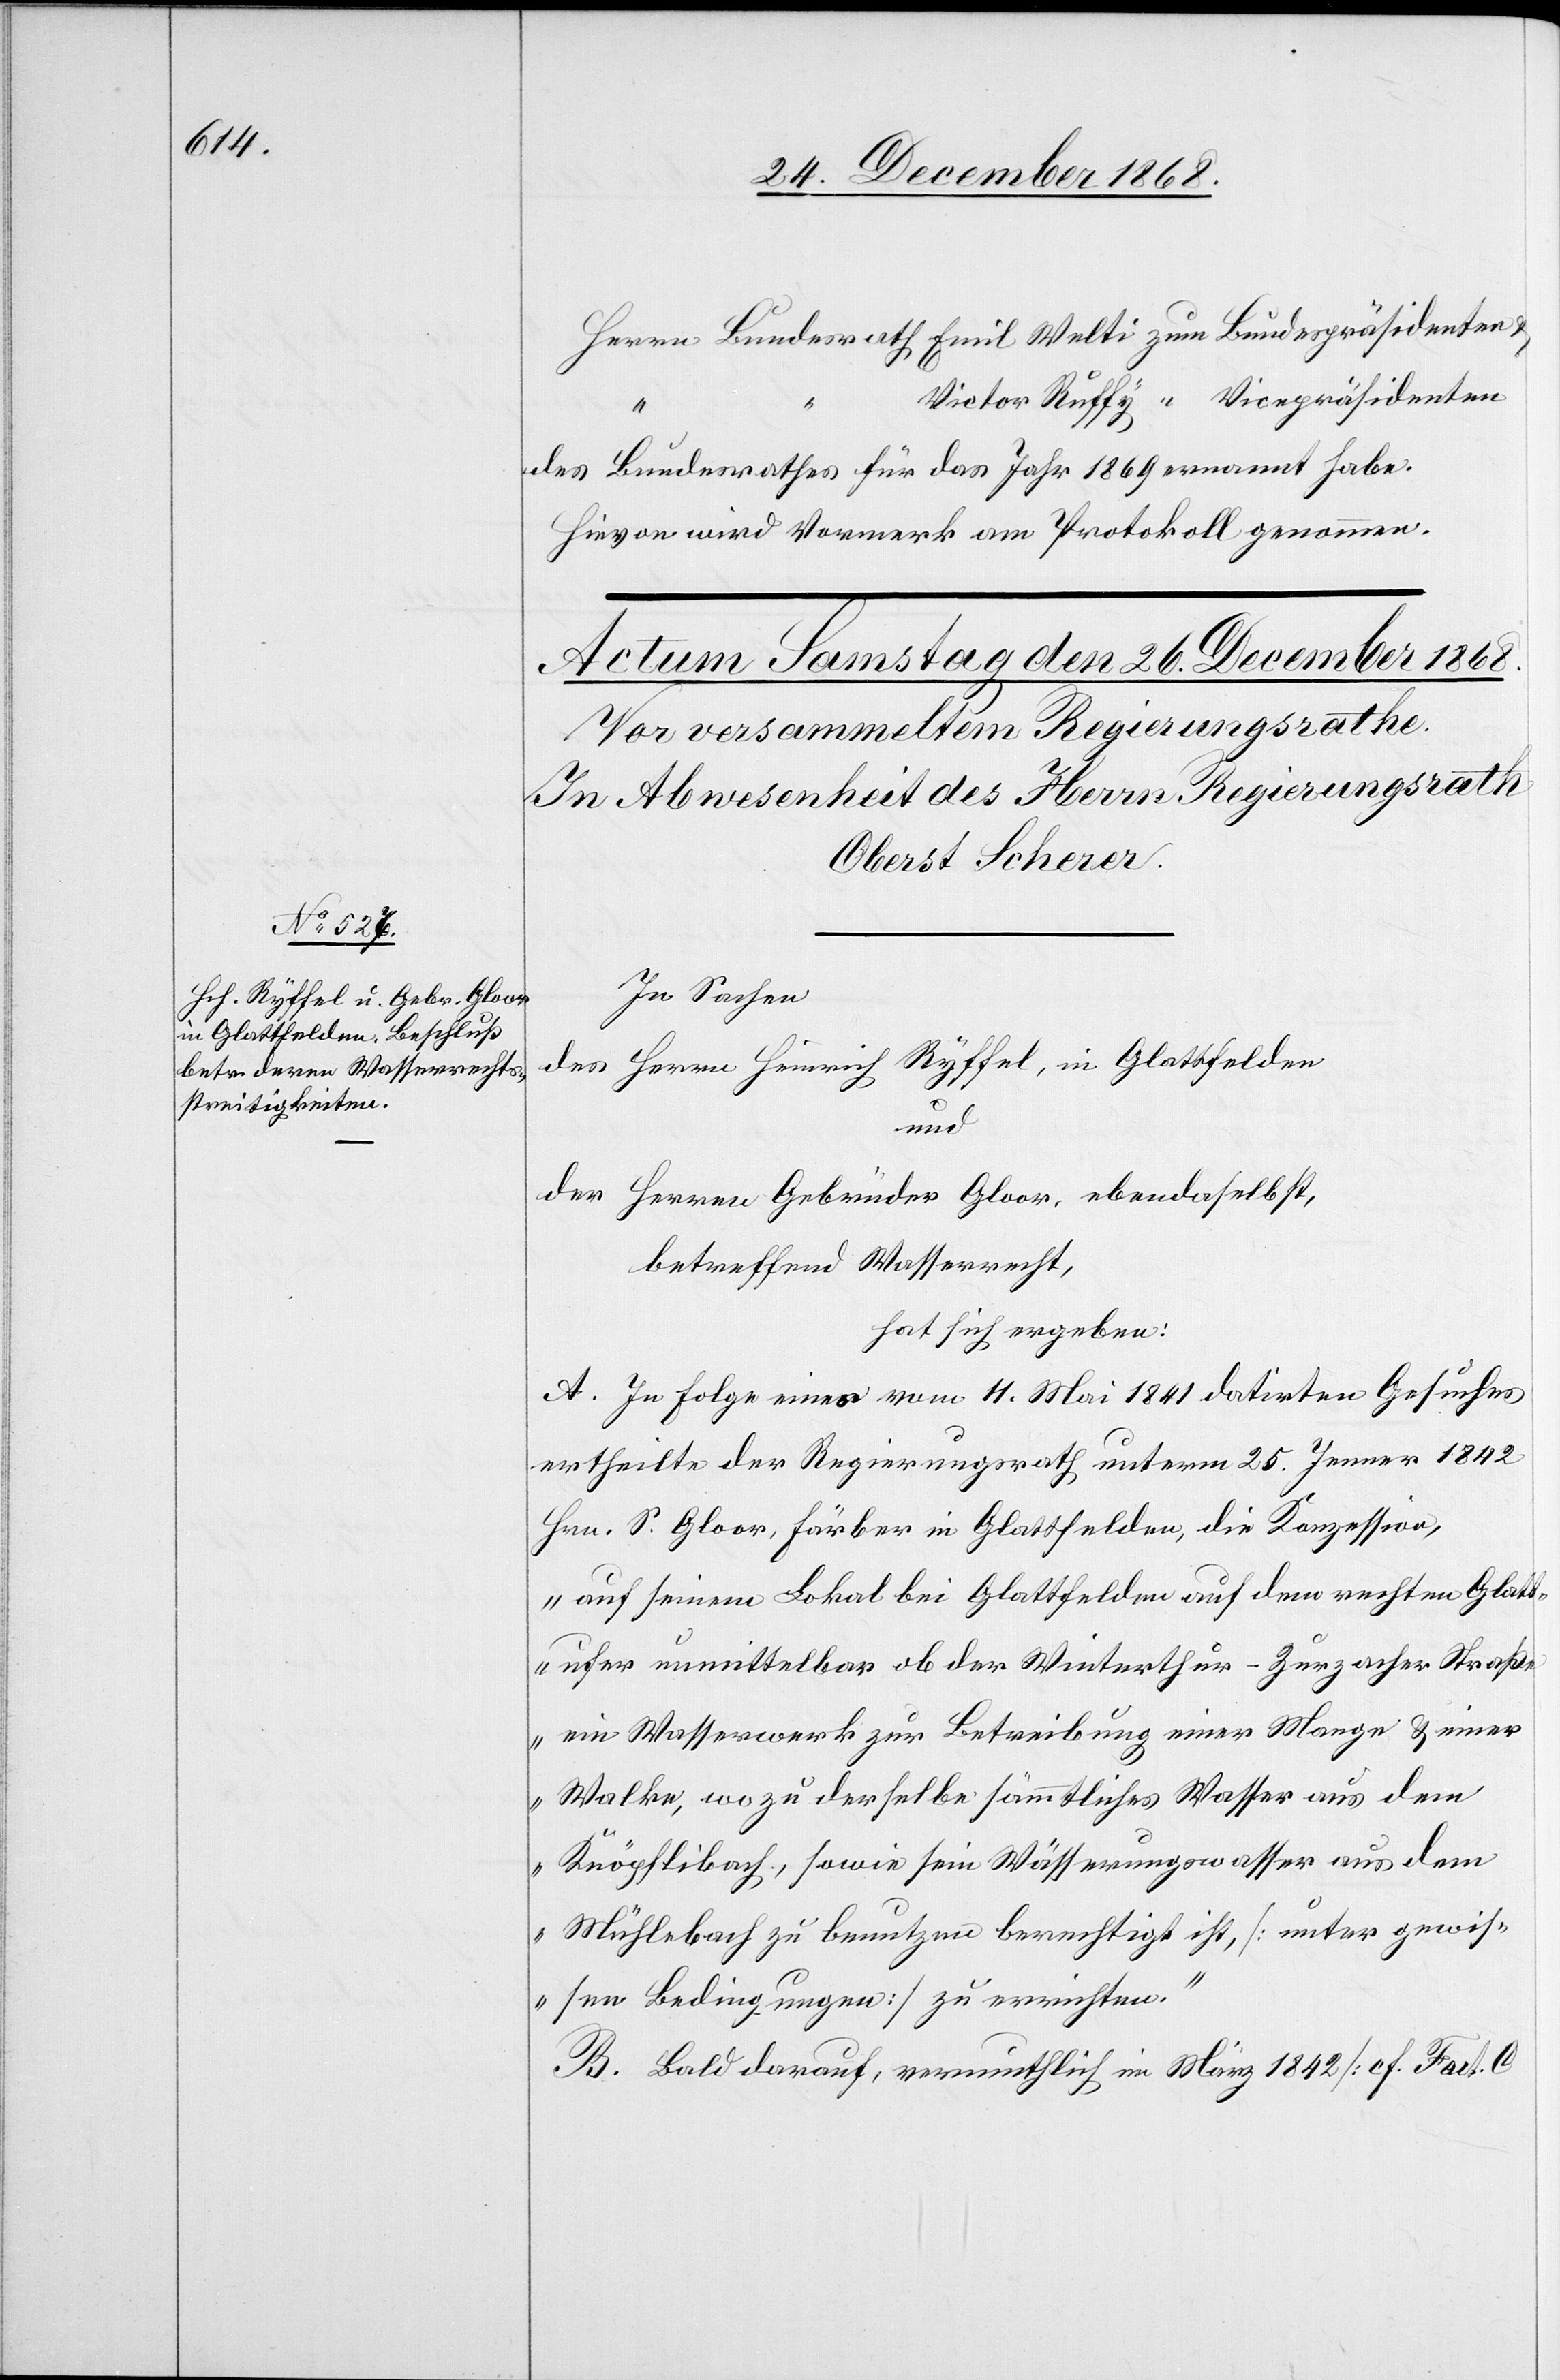
Herrn Bundesrath Emil Welti zum Bundespräsidenten &
Victor Ruffy “ Vicepräsidenten
des Bundesrathes für das Jahr 1869 ernannt habe.
Hievon wird Vormerk am Protokoll genommen.
In Sachen
des Herrn Heinrich Ryffel, in Glattfelden
und
der Herren Gebrüder Gloor, ebendaselbst,
betreffend Wasserrecht,
hat sich ergeben:
A. In Folge eines vom 11. Mai 1841 datirten Gesuches
ertheilte der Regierungsrath unterm 25. Jenner 1842
Hrn. S. Gloor, Färber in Glattfelden, die Konzession,
„auf seinem Lokal bei Glattfelden auf dem rechten Glatt¬
ufer unmittelbar ob der Winterthur–Zurzacher Straße
ein Wasserwerk zur Betreibung einer Mange & einer
Walke, wozu derselbe sämmtliches Wasser aus dem
Knöpflibach, sowie sein Wässerungswasser aus dem
Mühlebach zu benutzen berechtigt ist, [unter gewis¬
sen Bedingungen] zu errichten.“
B. Bald darauf, vermuthlich im März 1842 [cf. Fact. C